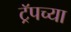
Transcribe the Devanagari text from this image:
ट्रॅपच्या